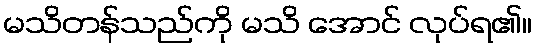
မသိတန်သည်ကို မသိ အောင် လုပ်ရ၏။